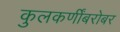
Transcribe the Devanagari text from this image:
कुलकर्णींबरोबर